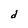
Character: d